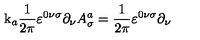
\mathrm { k } _ { a } \frac { 1 } { 2 \pi } \varepsilon ^ { 0 \nu \sigma } \partial _ { \nu } A _ { \sigma } ^ { a } = \frac { 1 } { 2 \pi } \varepsilon ^ { 0 \nu \sigma } \partial _ { \nu }